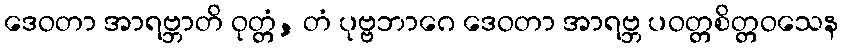
ဒေဝတာ အာရဗ္ဘာတိ ဝုတ္တံ, တံ ပုဗ္ဗဘာဂေ ဒေဝတာ အာရဗ္ဘ ပဝတ္တစိတ္တဝသေန